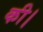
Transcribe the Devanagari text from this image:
की।